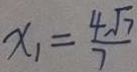
x _ { 1 } = \frac { 4 \sqrt { 7 } } { 7 }